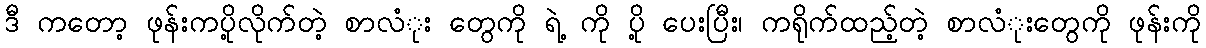
ဒီ ကတော့ ဖုန်းကပို့လိုက်တဲ့ စာလံုး တွေကို ရဲ့ ကို ပို့ ပေးပြီး၊ ကရိုက်ထည့်တဲ့ စာလံုးတွေကို ဖုန်းကို